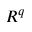
R ^ { q }